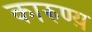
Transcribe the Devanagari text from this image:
कारुण्य़